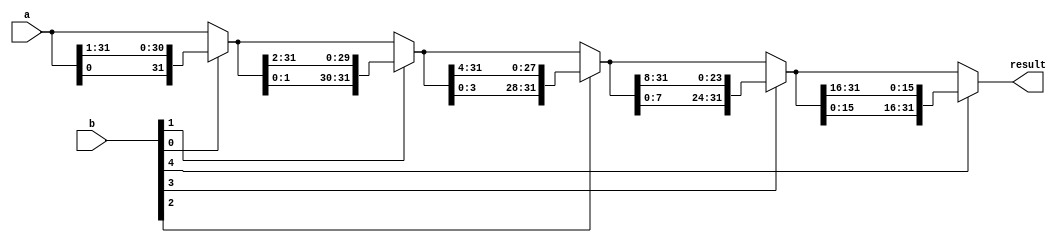
// This program was cloned from: https://github.com/conboy/elec374-cpu
// License: MIT License

//rotate right
module ror(input wire[31:0] a, input wire[31:0] b, output wire [31:0] result);


    reg [31:0] stage0, stage1, stage2, stage3, stage4;

    always @(*) begin
        // Stage 0, shift by 0 or 1 bit
        if (b[0]) begin
            stage0 = {a[0], a[31:1]};
        end else begin
            stage0 = a;
        end

        // Stage 1, shift by 0 or 2 bits
        if (b[1]) begin
            stage1 = {stage0[1:0], stage0[31:2]};
        end else begin
            stage1 = stage0;
        end

        // Stage 2, shift by 0 or 4 bits
        if (b[2]) begin
            stage2 = {stage1[3:0], stage1[31:4]};
        end else begin
            stage2 = stage1;
        end

        // Stage 3, shift by 0 or 8 bits
        if (b[3]) begin
            stage3 = {stage2[7:0], stage2[31:8]};
        end else begin
            stage3 = stage2;
        end

        // Stage 4, shift by 0 or 16 bits
        if (b[4]) begin
            stage4 = {stage3[15:0], stage3[31:16]};
        end else begin
            stage4 = stage3;
        end

    end
    assign result = stage4;

endmodule

// Rotate Left
module rol(input wire[31:0] a, input wire[31:0] b, output wire [31:0] result);


    reg [31:0] stage0, stage1, stage2, stage3, stage4;

    always @(*) begin
        // Stage 0, shift by 0 or 1 bit
        if (b[0]) begin
            stage0 = {a[30:0], a[31]};
        end else begin
            stage0 = a;
        end

        // Stage 1, shift by 0 or 2 bits
        if (b[1]) begin
            stage1 = {stage0[29:0], stage0[31:30]};
        end else begin
            stage1 = stage0;
        end

        // Stage 2, shift by 0 or 4 bits
        if (b[2]) begin
            stage2 = {stage1[27:0], stage1[31:28]};
        end else begin
            stage2 = stage1;
        end

        // Stage 3, shift by 0 or 8 bits
        if (b[3]) begin
            stage3 = {stage2[23:0], stage2[31:24]};
        end else begin
            stage3 = stage2;
        end

        // Stage 4, shift by 0 or 16 bits
        if (b[4]) begin
            stage4 = {stage3[15:0], stage3[31:16]};
        end else begin
            stage4 = stage3;
        end

    end
    assign result = stage4;

endmodule